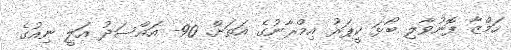
ހަމްޒާ ފޮނުވާލި ބޯޅަ ކީޕަރު އިމްރާނުގެ އަތަށް. 90- އައްސަދު އަލީ ނިއުގެ